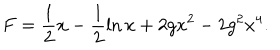
LaTeX: F = \frac { 1 } { 2 } x - \frac { 1 } { 2 } \ln x + 2 g x ^ { 2 } - 2 g ^ { 2 } x ^ { 4 } .